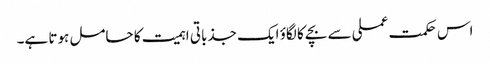
اس حکمت عملی سے بچے کا لگاؤ ایک جذباتی اہمیت کا حامل ہوتا ہے۔